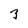
Character: 3